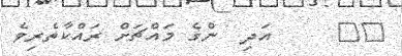
٣٣     އަދި  ންގެ މައްޗަށް ރައްކާތެރިވެ